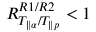
R _ { T _ { \parallel \alpha } / T _ { \parallel p } } ^ { R 1 / R 2 } < 1